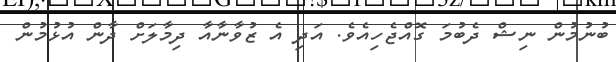
ބުނުމުން ނިޝް ދެބުމަ ގޮއްޖެހިއެވެ. އަދި އެ ޒުވާނާއާ ދިމާލަށް ދާން އުޅުމުން